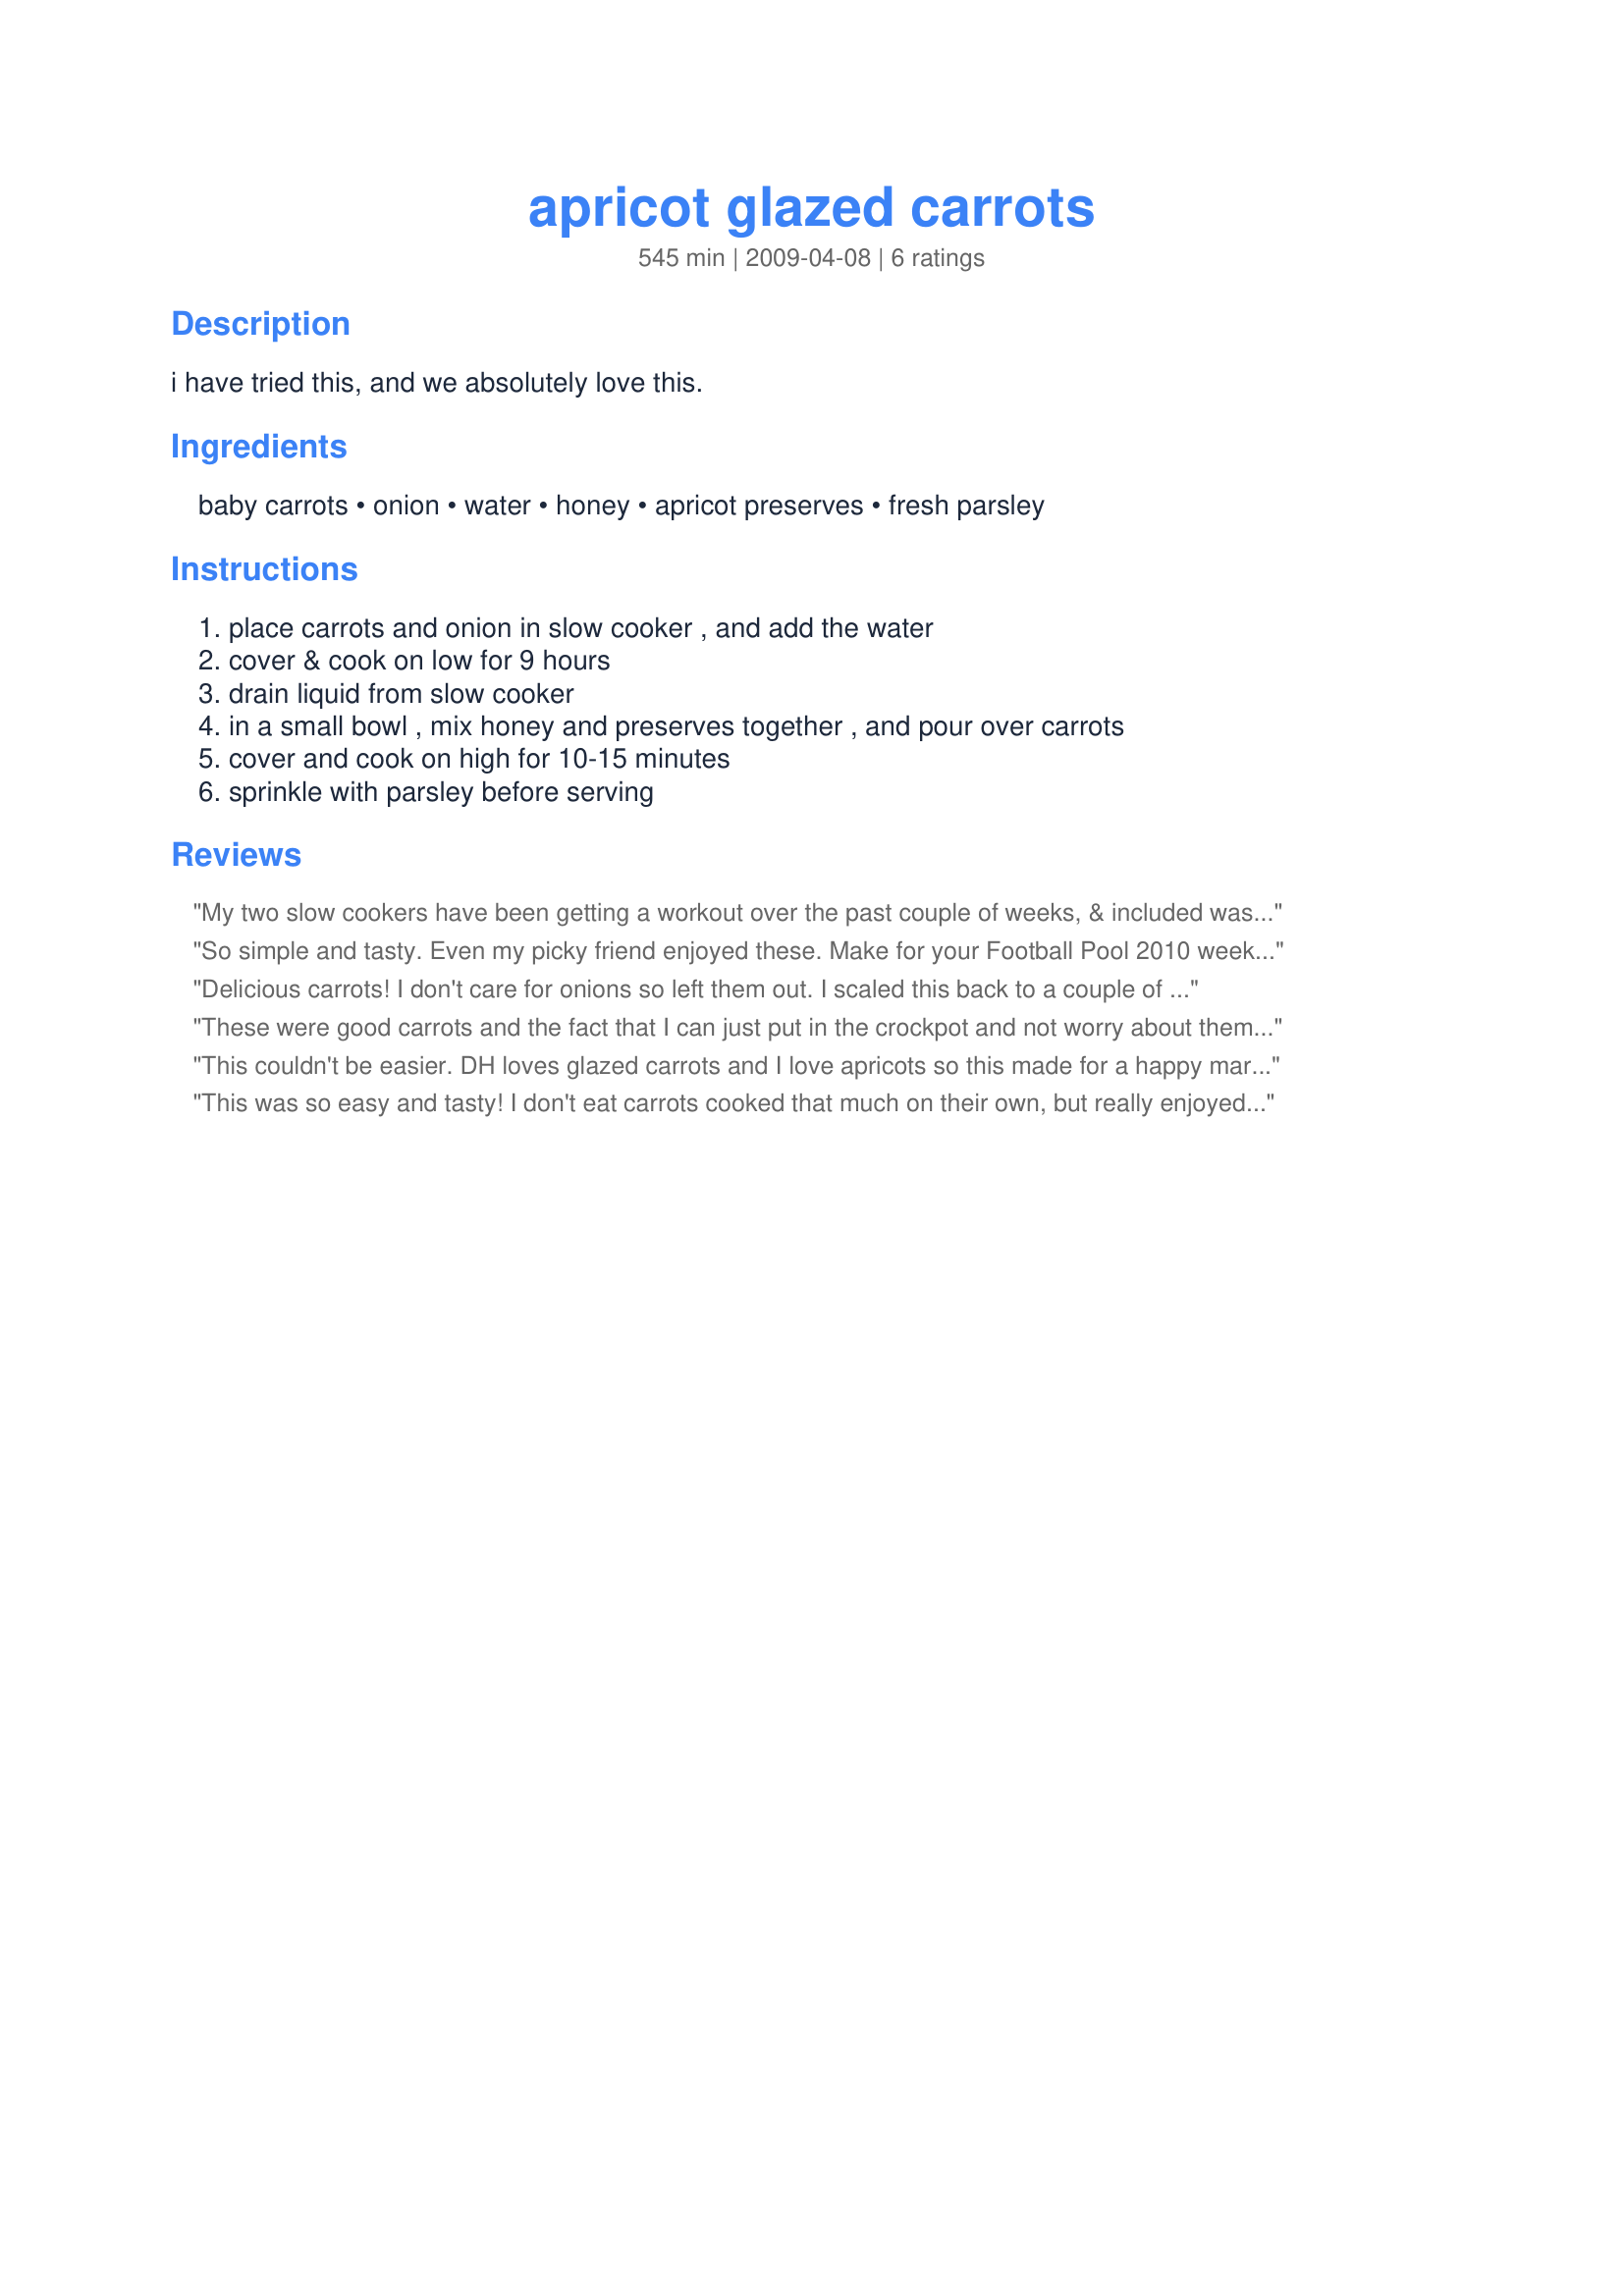
apricot glazed carrots
Preparation time: 545 minutes

i have tried this, and we absolutely love this.

Ingredients:
baby carrots, onion, water, honey, apricot preserves, fresh parsley

Steps:
place carrots and onion in slow cooker , and add the water, cover & cook on low for 9 hours, drain liquid from slow cooker, in a small bowl , mix honey and preserves together , and pour over carrots, cover and cook on high for 10-15 minutes, sprinkle with parsley before serving

Reviews:
My two slow cookers have been getting a workout over the past couple of weeks, & included was a full batch of your great-tasting carrots! Wonderful when served first time around, & just as tasty when we were snacking on them & serving them again as leftovers! Very, very nice! [Made & reviewed in Zaar Stars recipe tag]
So simple and tasty. Even my picky friend enjoyed these. Make for your Football Pool 2010<br/> week 10 win.
Delicious carrots! I don't care for onions so left them out. I scaled this back to a couple of servings so just cooked the carrots for 30 minutes on the stovetop instead of in the crock pot, then continued with the recipe as stated. The honey/apricot combination is so great and wonderful with the carrots. Thanks for sharing the recipe! Made for your spring TicTacToe Event win
These were good carrots and the fact that I can just put in the crockpot and not worry about them is even better! Made as is except accidently grapped the 1/2 cup measuring cup rather than the 1/3 so there was a little more glaze. It actually turned out well, had a little to pour over the carrots. Made for 123Hits.
This couldn't be easier. DH loves glazed carrots and I love apricots so this made for a happy marriage. These carrots also looks very pretty on the table. The only thing may I may do next time is to add one or two dried apricots just because I prefer a stronger apricot taste and this recipes has a medium apricot taste.
This was so easy and tasty! I don't eat carrots cooked that much on their own, but really enjoyed this. Thanks!
